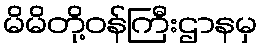
မိမိတို့ဝန်ကြီးဌာနမှ